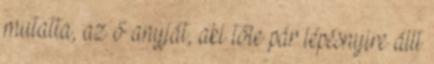
mutatta, az ő anyját, aki tőle pár lépésnyire állt